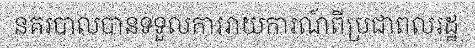
នគរបាលបានទទួលការរាយការណ៍ពីប្រជាពលរដ្ឋ